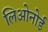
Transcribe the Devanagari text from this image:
लिओनोर्ड